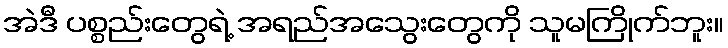
အဲဒီ ပစ္စည်းတွေရဲ့ အရည်အသွေးတွေကို သူမကြိုက်ဘူး။